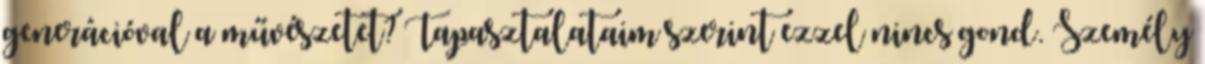
generációval a művészetet? Tapasztalataim szerint ezzel nincs gond. Személy